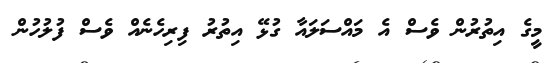
މީގެ އިތުރުން ވެސް އެ މައްސަލައާ ގުޅޭ އިތުރު ފިރިހެނެއް ވެސް ފުލުހުން